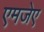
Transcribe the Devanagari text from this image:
एमजेए